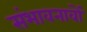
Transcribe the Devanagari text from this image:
संभावनावों